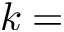
k =